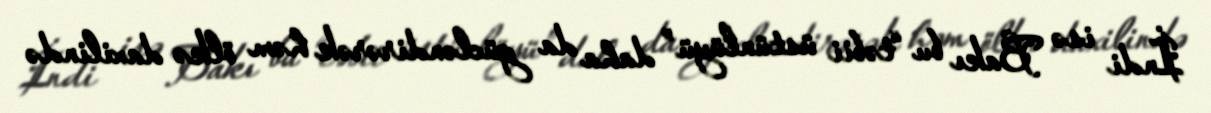
İndi isə Bakı bu “təbii üstünlüyü” daha da gücləndirərək həm ölkə daxilində